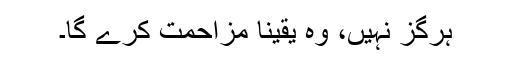
ہرگز نہیں، وہ یقیناً مزاحمت کرے گا۔